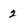
Character: 2